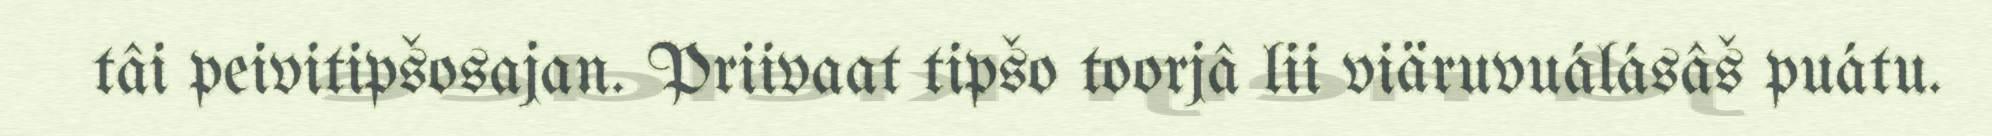
tâi peivitipšosajan. Priivaat tipšo toorjâ lii viäruvuálásâš puátu.